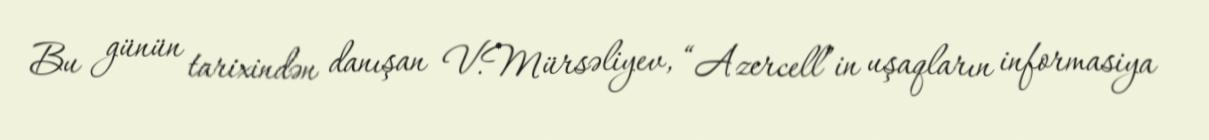
Bu günün tarixindən danışan V.Mürsəliyev, “Azercell”in uşaqların informasiya